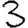
Digit: 3